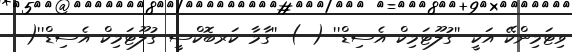
ވިޓަމިންކޭ އަކީ ''ގުލޫޓަމިކް އެސިޑް'' ( ) ''ގާމާ ކަރބޮކްސީ ގުލޫޓަމިކް އެސިޑް''(-